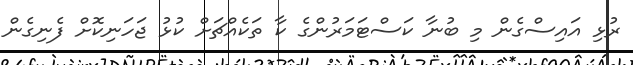
ރުޅި އައިސްގެން މި ބުނާ ކަސްޓަމަރުންގެ ކާ ތަކެއްޗަށް ކުޅު ޖަހަނިކޮށް ފެނިގެން